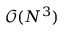
\mathcal { O } ( N ^ { 3 } )